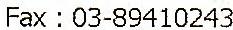
FAX : 03-89410243